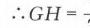
$\therefore GH = \frac{}{}$